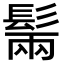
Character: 𩭫